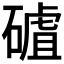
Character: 𥕑